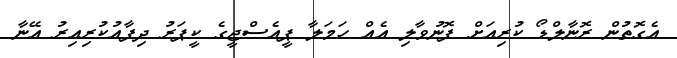
އެގޮތުން ރޮނާލްޑޯ ކުރިއަށް ފޮނުވާލި އެއް ހަމަލާ ޕީއެސްޖީގެ ކީޕަރު ދިފާއުކުރިއިރު އޭނާ